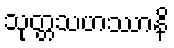
သုတ္တသဟဿာနိ